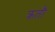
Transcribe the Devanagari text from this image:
क्रतौ